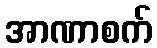
အာဏာစက်